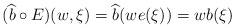
LaTeX: \begin{align*}( \widehat{b} \circ E)(w,\xi)=\widehat{b}(we(\xi))=wb(\xi)\end{align*}